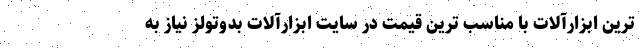
ترین ابزارآلات با مناسب ترین قیمت در سایت ابزارآلات بدوتولز نیاز به